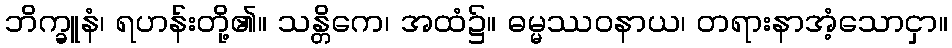
ဘိက္ခူနံ၊ ရဟန်းတို့၏။ သန္တိကေ၊ အထံ၌။ ဓမ္မဿဝနာယ၊ တရားနာအံ့သောငှာ။